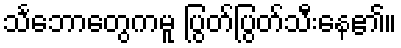
သင်္ဘောတွေကမူ ပြွတ်ပြွတ်သီးနေ၏။